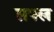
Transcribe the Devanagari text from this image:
सफ्ल